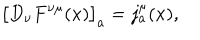
\bigl [ D _ { \nu } F ^ { \nu \mu } ( x ) \bigr ] _ { a } = j _ { a } ^ { \mu } ( x ) ,